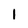
Character: I